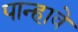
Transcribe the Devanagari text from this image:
पान्हावे